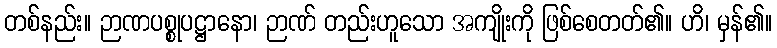
တစ်နည်း။ ဉာဏပစ္စုပဋ္ဌာနော၊ ဉာဏ် တည်းဟူသော အကျိုးကို ဖြစ်စေတတ်၏။ ဟိ၊ မှန်၏။